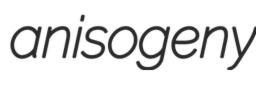
anisogeny